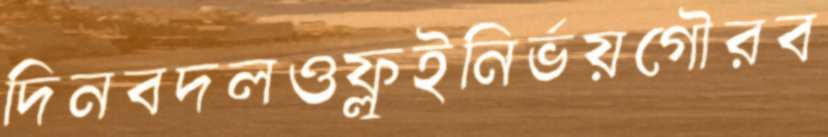
দিনবদলওফ্লুইনির্ভয়গৌরব